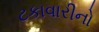
ટકાવારીનો